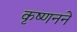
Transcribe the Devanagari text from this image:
कृष्णनने